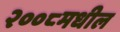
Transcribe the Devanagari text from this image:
२००८मधील